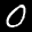
Label: 0